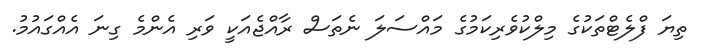
ތިޔަ ފްލެޓްތަކުގެ މިލްކުވެރިކަމުގެ މައްސަލަ ނެތަސް ރާއްޖެއަކީ ވަރި އެންމެ ގިނަ އެއްގައުމު.